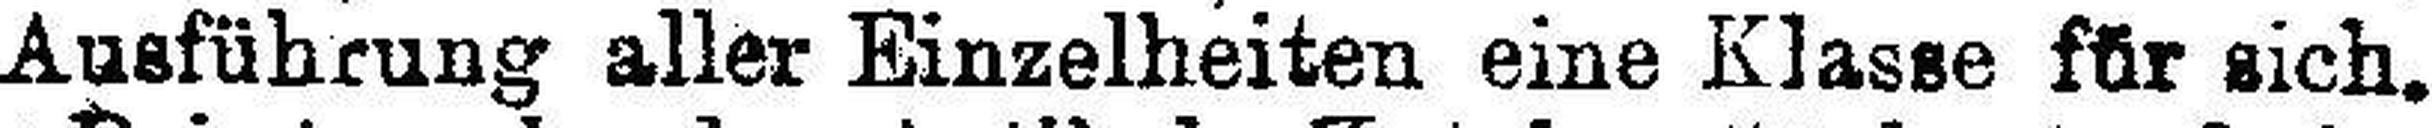
Ausführung aller Einzelheiten eine Klasse für sich.